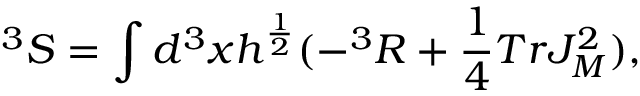
^ 3 S = \int d ^ { 3 } x h ^ { \frac { 1 } { 2 } } ( - ^ { 3 } R + \frac { 1 } { 4 } T r J _ { M } ^ { 2 } ) ,